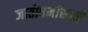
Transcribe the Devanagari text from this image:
जातीधर्मांसाठी